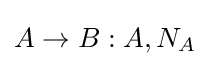
A\rightarrow B:A,N_{A}